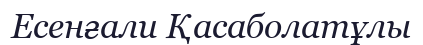
Есенғали Қасаболатұлы